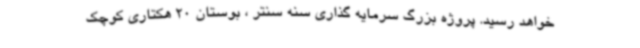
خواهد رسید. پروژه بزرگ سرمایه گذاری سنه سنتر ، بوستان 20 هکتاری کوچک